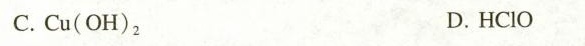
C. Cu(OH)_{2} D. HClO